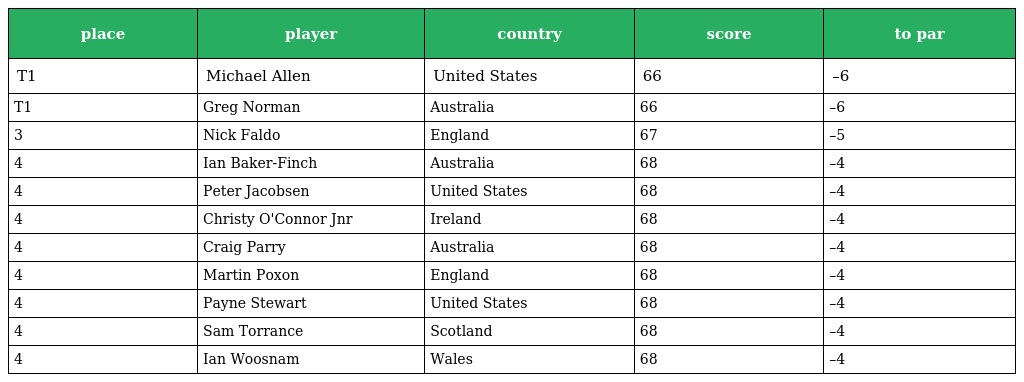
| place | player | country | score | to par |
 | --- | --- | --- | --- | --- |
 | T1 | Michael Allen | United States | 66 | –6 |
 | T1 | Greg Norman | Australia | 66 | –6 |
 | 3 | Nick Faldo | England | 67 | –5 |
 | 4 | Ian Baker-Finch | Australia | 68 | –4 |
 | 4 | Peter Jacobsen | United States | 68 | –4 |
 | 4 | Christy O'Connor Jnr | Ireland | 68 | –4 |
 | 4 | Craig Parry | Australia | 68 | –4 |
 | 4 | Martin Poxon | England | 68 | –4 |
 | 4 | Payne Stewart | United States | 68 | –4 |
 | 4 | Sam Torrance | Scotland | 68 | –4 |
 | 4 | Ian Woosnam | Wales | 68 | –4 |